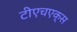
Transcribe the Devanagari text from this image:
टीएचएक्स